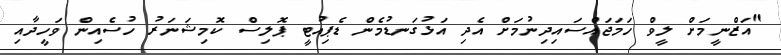
"އަޒްނީމަށް ލީވް ހަމަޖައްސައިދިނުމަށް އެދި އަޅުގަނޑުމެން ޑެޕިއުޓީ ޕޮލިސް ކޮމިޝަނަރު ހުސެއިން ވަހީދާއި